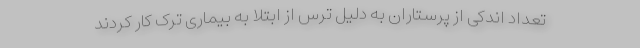
تعداد اندکی از پرستاران به دلیل ترس از ابتلا به بیماری ترک کار کردند